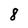
Character: 8